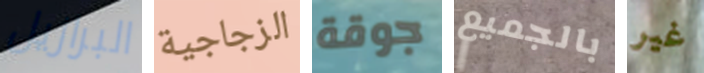
البرازيل الزجاجية جوقة بالجميع غير